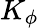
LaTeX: K_{\phi}